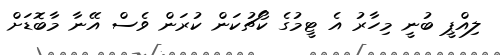
ލިއްޕީ ބުނީ މިހާރު އެ ޓީމުގެ ކޯޗުކަން ކުރަން ވެސް އޭނާ މާބޮޑަށް